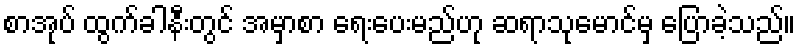
စာအုပ် ထွက်ခါနီးတွင် အမှာစာ ရေးပေးမည်ဟု ဆရာသုမောင်မှ ပြောခဲ့သည်။